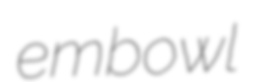
embowl